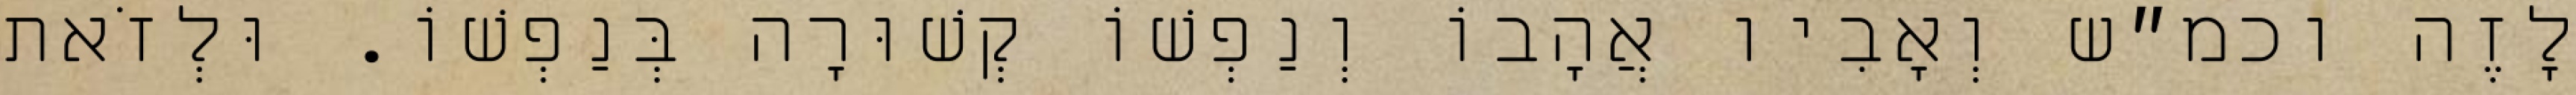
לָזֶה וכמ״ש וְאָבִיו אֲהָבוֹ וְנַפְשׁוֹ קְשׁוּרָה בְּנַפְשׁוֹ. וּלְזֹאת